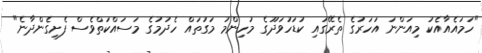
"ހަމައެއާއެކު މިއަންނަ އަހަރުގެ ތެރޭގައި ކުޑަހުވަދޫގެ މުހިންމު މަގުތައް ހެދުމުގެ މަސައްކަތްވެސް ފެށިގެންދާނެ"